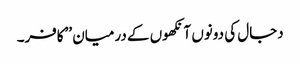
دجال کی دونوں آنکھوں کے درمیان ’’کافر۔